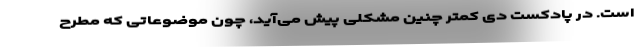
است. در پادکست دی کمتر چنین مشکلی پیش می‌آید، چون موضوعاتی که مطرح